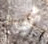
شيء